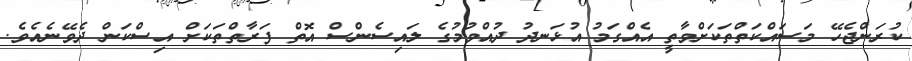
ކުރަންޖެހޭ މަސައްކަތްތަކަށްވާތީ އެއްގަމު އުޅަނދު ދުއްވުމުގެ ލައިސެންސް އޮތް ފަރާތްތަކަށް އިސްކަން ދެވޭނެއެވެ.